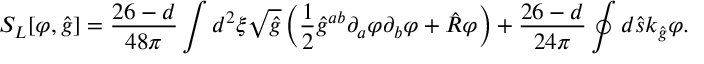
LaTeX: { S _ { L } } [ \varphi , \hat { g } ] = { \frac { 2 6 - d } { 4 8 \pi } } \int { d ^ { 2 } } \xi \sqrt { \hat { g } } \left( { \frac { 1 } { 2 } } { \hat { g } ^ { a b } } { \partial _ { a } } \varphi { \partial _ { b } } \varphi + \hat { R } \varphi \right) + { \frac { 2 6 - d } { 2 4 \pi } } \oint { d } \hat { s } { k _ { \hat { g } } } \varphi .